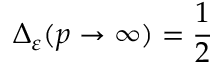
\Delta _ { \varepsilon } ( p \rightarrow \infty ) = \frac { 1 } { 2 }